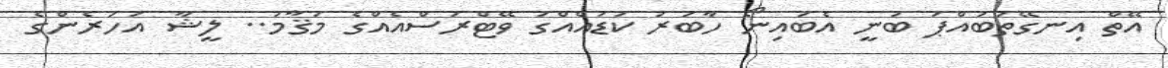
އޭތް އިނގޭތަބައްޕަ ބުނީ އެބައިނޯ ހާބަރު ކަޑައެއްގަ ވޭޓްރަސްއެއްގެ މަޤާމު.. ލީޝާ އަހަރެންގެ